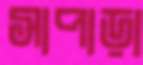
সাপাড়া